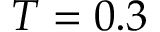
T = 0 . 3